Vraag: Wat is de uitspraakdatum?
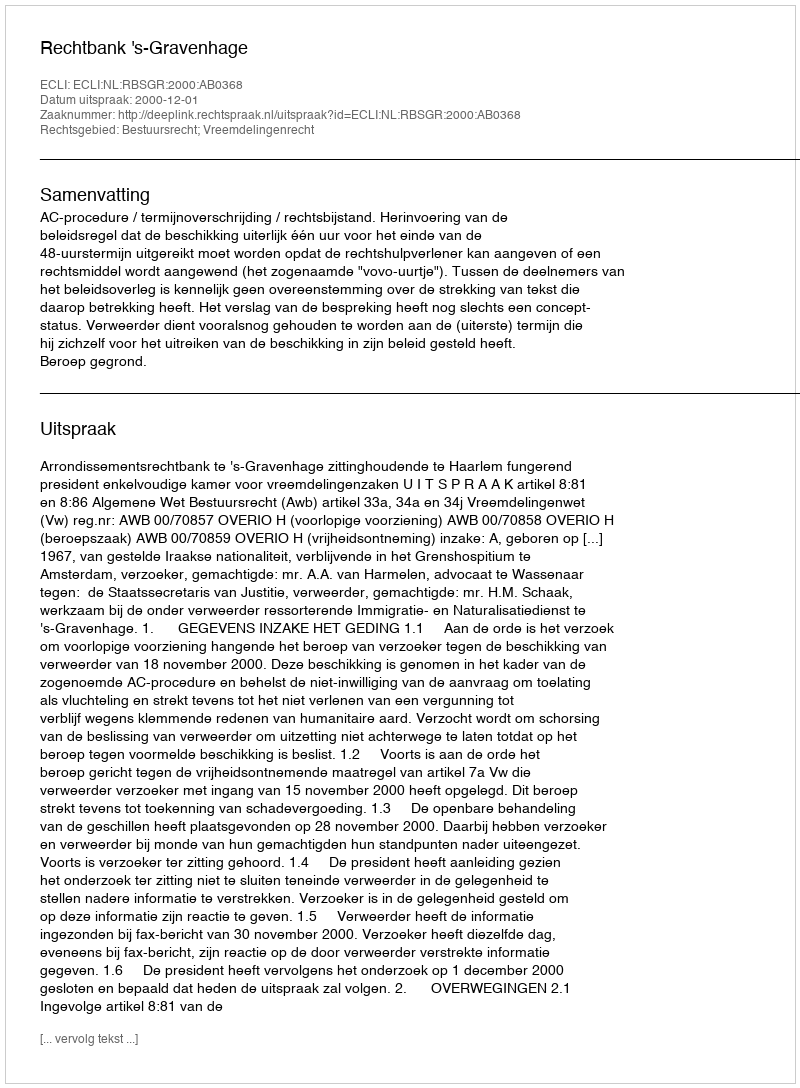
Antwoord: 2000-12-01